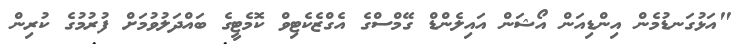
"އަޅުގަނޑުމެން އިންޑިއަން އޯޝަން އައިލެންޑް ގޭމްސްގެ އެގްޒެކެޓިވް ކޮމެޓީގެ ބައްދަލުވުމަށް ފުރުމުގެ ކުރިން